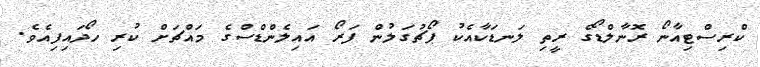
ކްރިސްޓިއާނޯ ރޮނާލްޑޯގެ ރީތި ލަނޑަކާއެކު ޕޯޗުގަލުން ފަރޯ އައިލެންޑްސްގެ މައްޗަށް ކުރި ހޯދައިފިއެވެ.